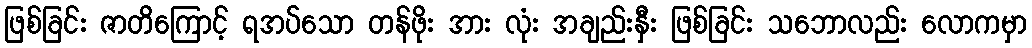
ဖြစ်ခြင်း ဇာတိကြောင့် ရအပ်သော တန်ဖိုး အား လုံး အချည်းနှီး ဖြစ်ခြင်း သဘောလည်း လောကမှာ